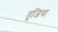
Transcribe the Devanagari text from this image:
तूजिया